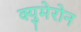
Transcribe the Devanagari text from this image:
क्युमेरोन